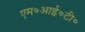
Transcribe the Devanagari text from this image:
एम०आई०टी०